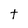
Character: t